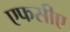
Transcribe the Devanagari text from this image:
एफसीए